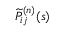
\widetilde { P } _ { i j } ^ { ( n ) } ( s )